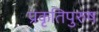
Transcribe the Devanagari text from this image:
प्रकृतिपुरुष